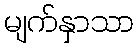
မျက်နှာသာ